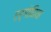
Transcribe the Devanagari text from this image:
एर्गोनिया